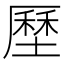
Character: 𡐰